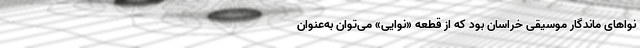
نواهای ماندگار موسیقی خراسان بود که از قطعه «نوایی» می‌توان به‌عنوان